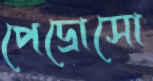
পেদ্রোসো